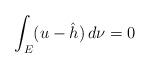
LaTeX: \begin{align*}\int_{E}(u-\hat{h})\,d\nu=0\end{align*}